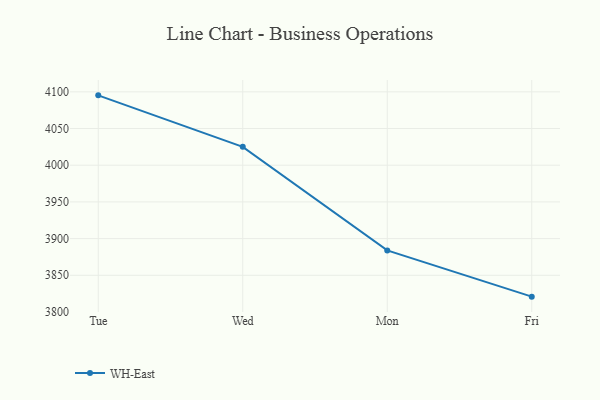
{"axis": {"x": "Day", "y": "Demand Index"}, "legend": ["WH-East"], "data": [{"x": "Tue", "y": 4095.2, "type": "WH-East"}, {"x": "Wed", "y": 4025.0, "type": "WH-East"}, {"x": "Mon", "y": 3883.9, "type": "WH-East"}, {"x": "Fri", "y": 3820.9, "type": "WH-East"}]}